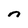
Character: n